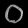
Digit: ၀